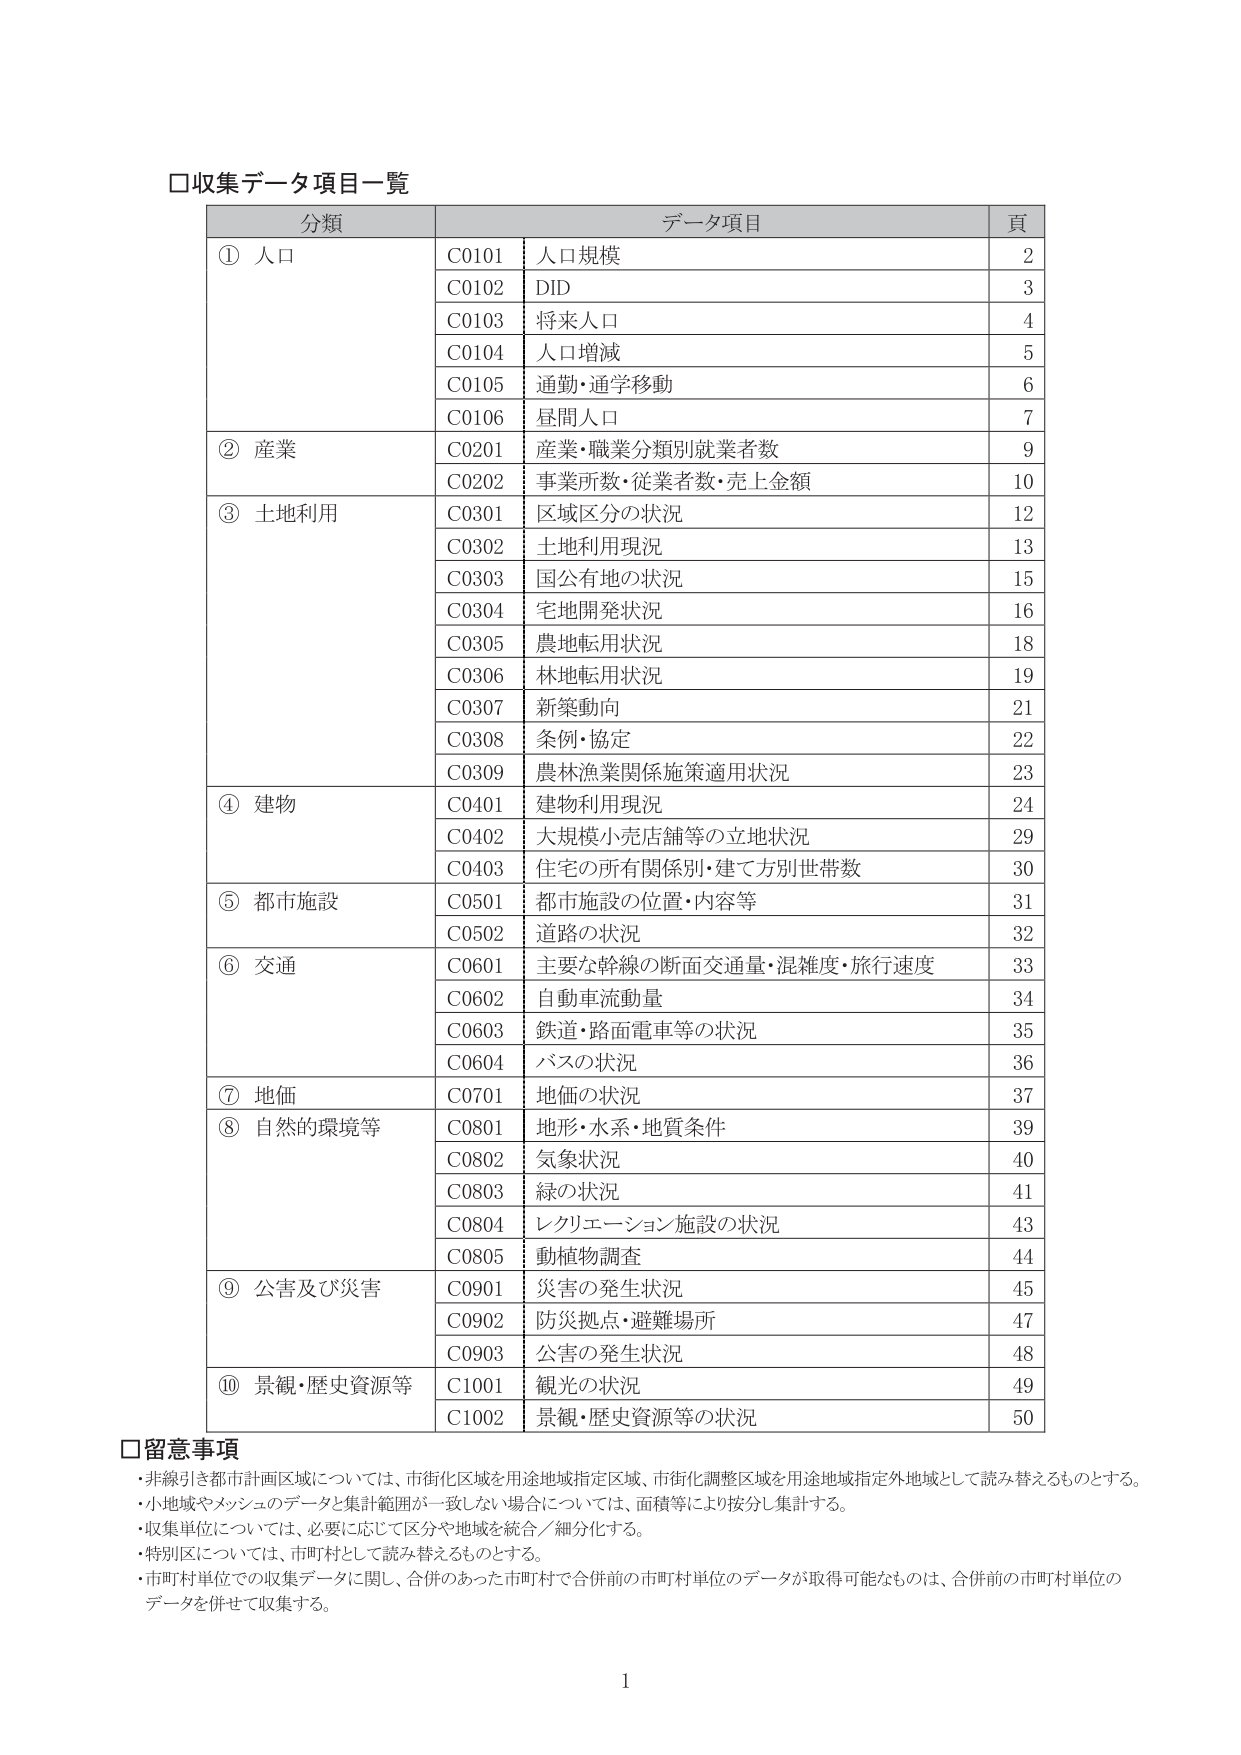
□収集データ項目一覧

分類 データ項目 頁
① 人口 C0101 人口規模 2
C0102 DID 3
C0103 将来人口 4
C0104 人口増減 5
C0105 通勤・通学移動 6
C0106 昼間人口 7
② 産業 C0201 産業・職業分類別就業者数 9
C0202 事業所数・従業者数・売上金額 10
③ 土地利用 C0301 区域区分の状況 12
C0302 土地利用現況 13
C0303 国公有地の状況 15
C0304 宅地開発状況 16
C0305 農地転用状況 18
C0306 林地転用状況 19
C0307 新築動向 21
C0308 条例・協定 22
C0309 農林漁業関係施策適用状況 23
④ 建物 C0401 建物利用現況 24
C0402 大規模小売店舗等の立地状況 29
C0403 住宅の所有関係別・建て方別世帯数 30
⑤ 都市施設 C0501 都市施設の位置・内容等 31
C0502 道路の状況 32
⑥ 交通 C0601 主要な幹線の断面交通量・混雑度・旅行速度 33
C0602 自動車流動量 34
C0603 鉄道・路面電車等の状況 35
C0604 バスの状況 36
⑦ 地価 C0701 地価の状況 37
⑧ 自然的環境等 C0801 地形・水系・地質条件 39
C0802 気象状況 40
C0803 緑の状況 41
C0804 レクリエーション施設の状況 43
C0805 動植物調査 44
⑨ 公害及び災害 C0901 災害の発生状況 45
C0902 防災拠点・避難場所 47
C0903 公害の発生状況 48
⑩ 景観・歴史資源等 C1001 観光の状況 49
C1002 景観・歴史資源等の状況 50

□留意事項
・非線引き都市計画区域については、市街化区域を用途地域指定区域、市街化調整区域を用途地域指定外地域として読み替えるものとする。
・小地域やメッシュのデータと集計範囲が一致しない場合については、面積等により按分し集計する。
・収集単位については、必要に応じて区分や地域を統合／細分化する。
・特別区については、市町村として読み替えるものとする。
・市町村単位での収集データに関し、合併のあった市町村で合併前の市町村単位のデータが取得可能なもののは、合併前の市町村単位のデータを併せて収集する。

1